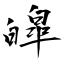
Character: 皡